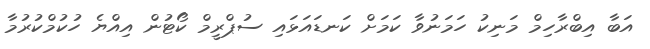
އަބާ އިބްރާހިމް މަނިކު ހަމަނުވާ ކަމަށް ކަނޑައަޅައި ސުޕްރީމް ކޯޓުން އިއްޔެ ހުކުމްކުރުމާ